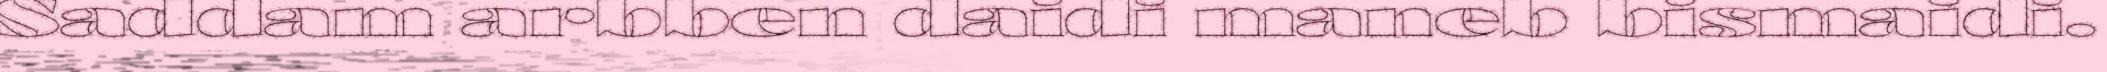
Saddam arbben daidi maneb bismaidi.